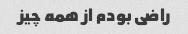
راضی بودم از همه چیز